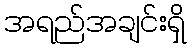
အရည်အချင်းရှိ